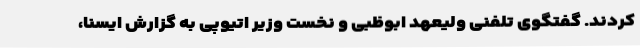
کردند. گفتگوی تلفنی ولیعهد ابوظبی و نخست وزیر اتیوپی به گزارش ایسنا،